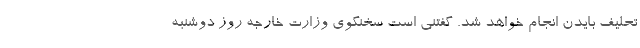
تحلیف بایدن انجام خواهد شد. گفتنی است سخنگوی وزارت خارجه روز دوشنبه